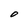
Character: O